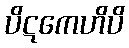
ပိဋကေဟိပိ